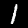
Label: 1